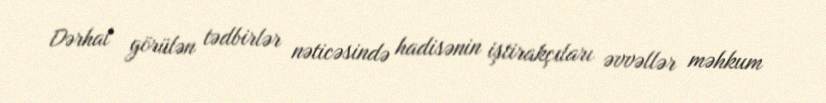
Dərhal görülən tədbirlər nəticəsində hadisənin iştirakçıları əvvəllər məhkum